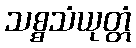
သစ္စသံယုတ္တံ